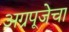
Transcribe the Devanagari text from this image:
अग्रपूजेचा